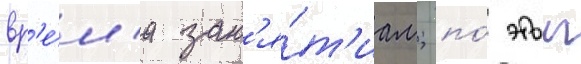
вр'е́м'я зан'я́т'иам; по́ этои